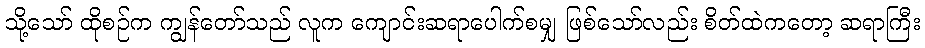
သို့သော် ထိုစဉ်က ကျွန်တော်သည် လူက ကျောင်းဆရာပေါက်စမျှ ဖြစ်သော်လည်း စိတ်ထဲကတော့ ဆရာကြီး